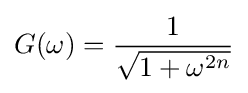
G(\omega )={\frac {1}{\sqrt {1+{\omega }^{2n}}}}